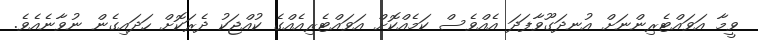
ވީމާ އަވައްޓެރިންނަށް އުނދަގޫވާފަދަ އެއްވެސް ކަމެއްކޮށް އަވައްޓެރިއެއްގެ ކުއްޖަކު ދެރަކޮށް ހަދައިގެން ނުވާނެއެވެ.